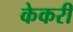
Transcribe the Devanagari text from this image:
केकरी